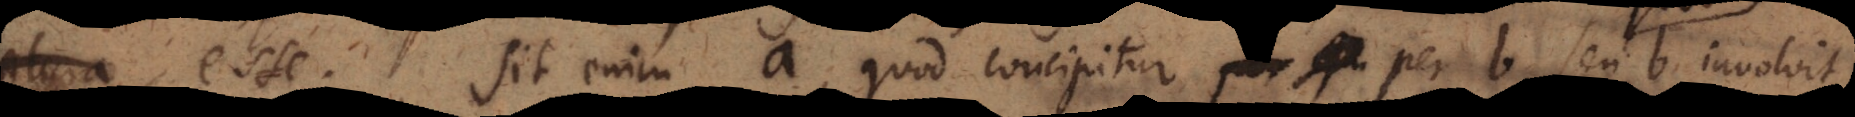
plura esse. Sit enim a, quod concipitur per b, seu quod b involvi